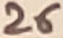
Text: 26